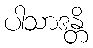
ပါသာဒန္တိ